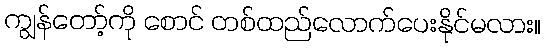
ကျွန်တော့်ကို စောင် တစ်ထည်လောက်ပေးနိုင်မလား။